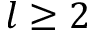
l \ge 2